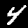
Digit: 4